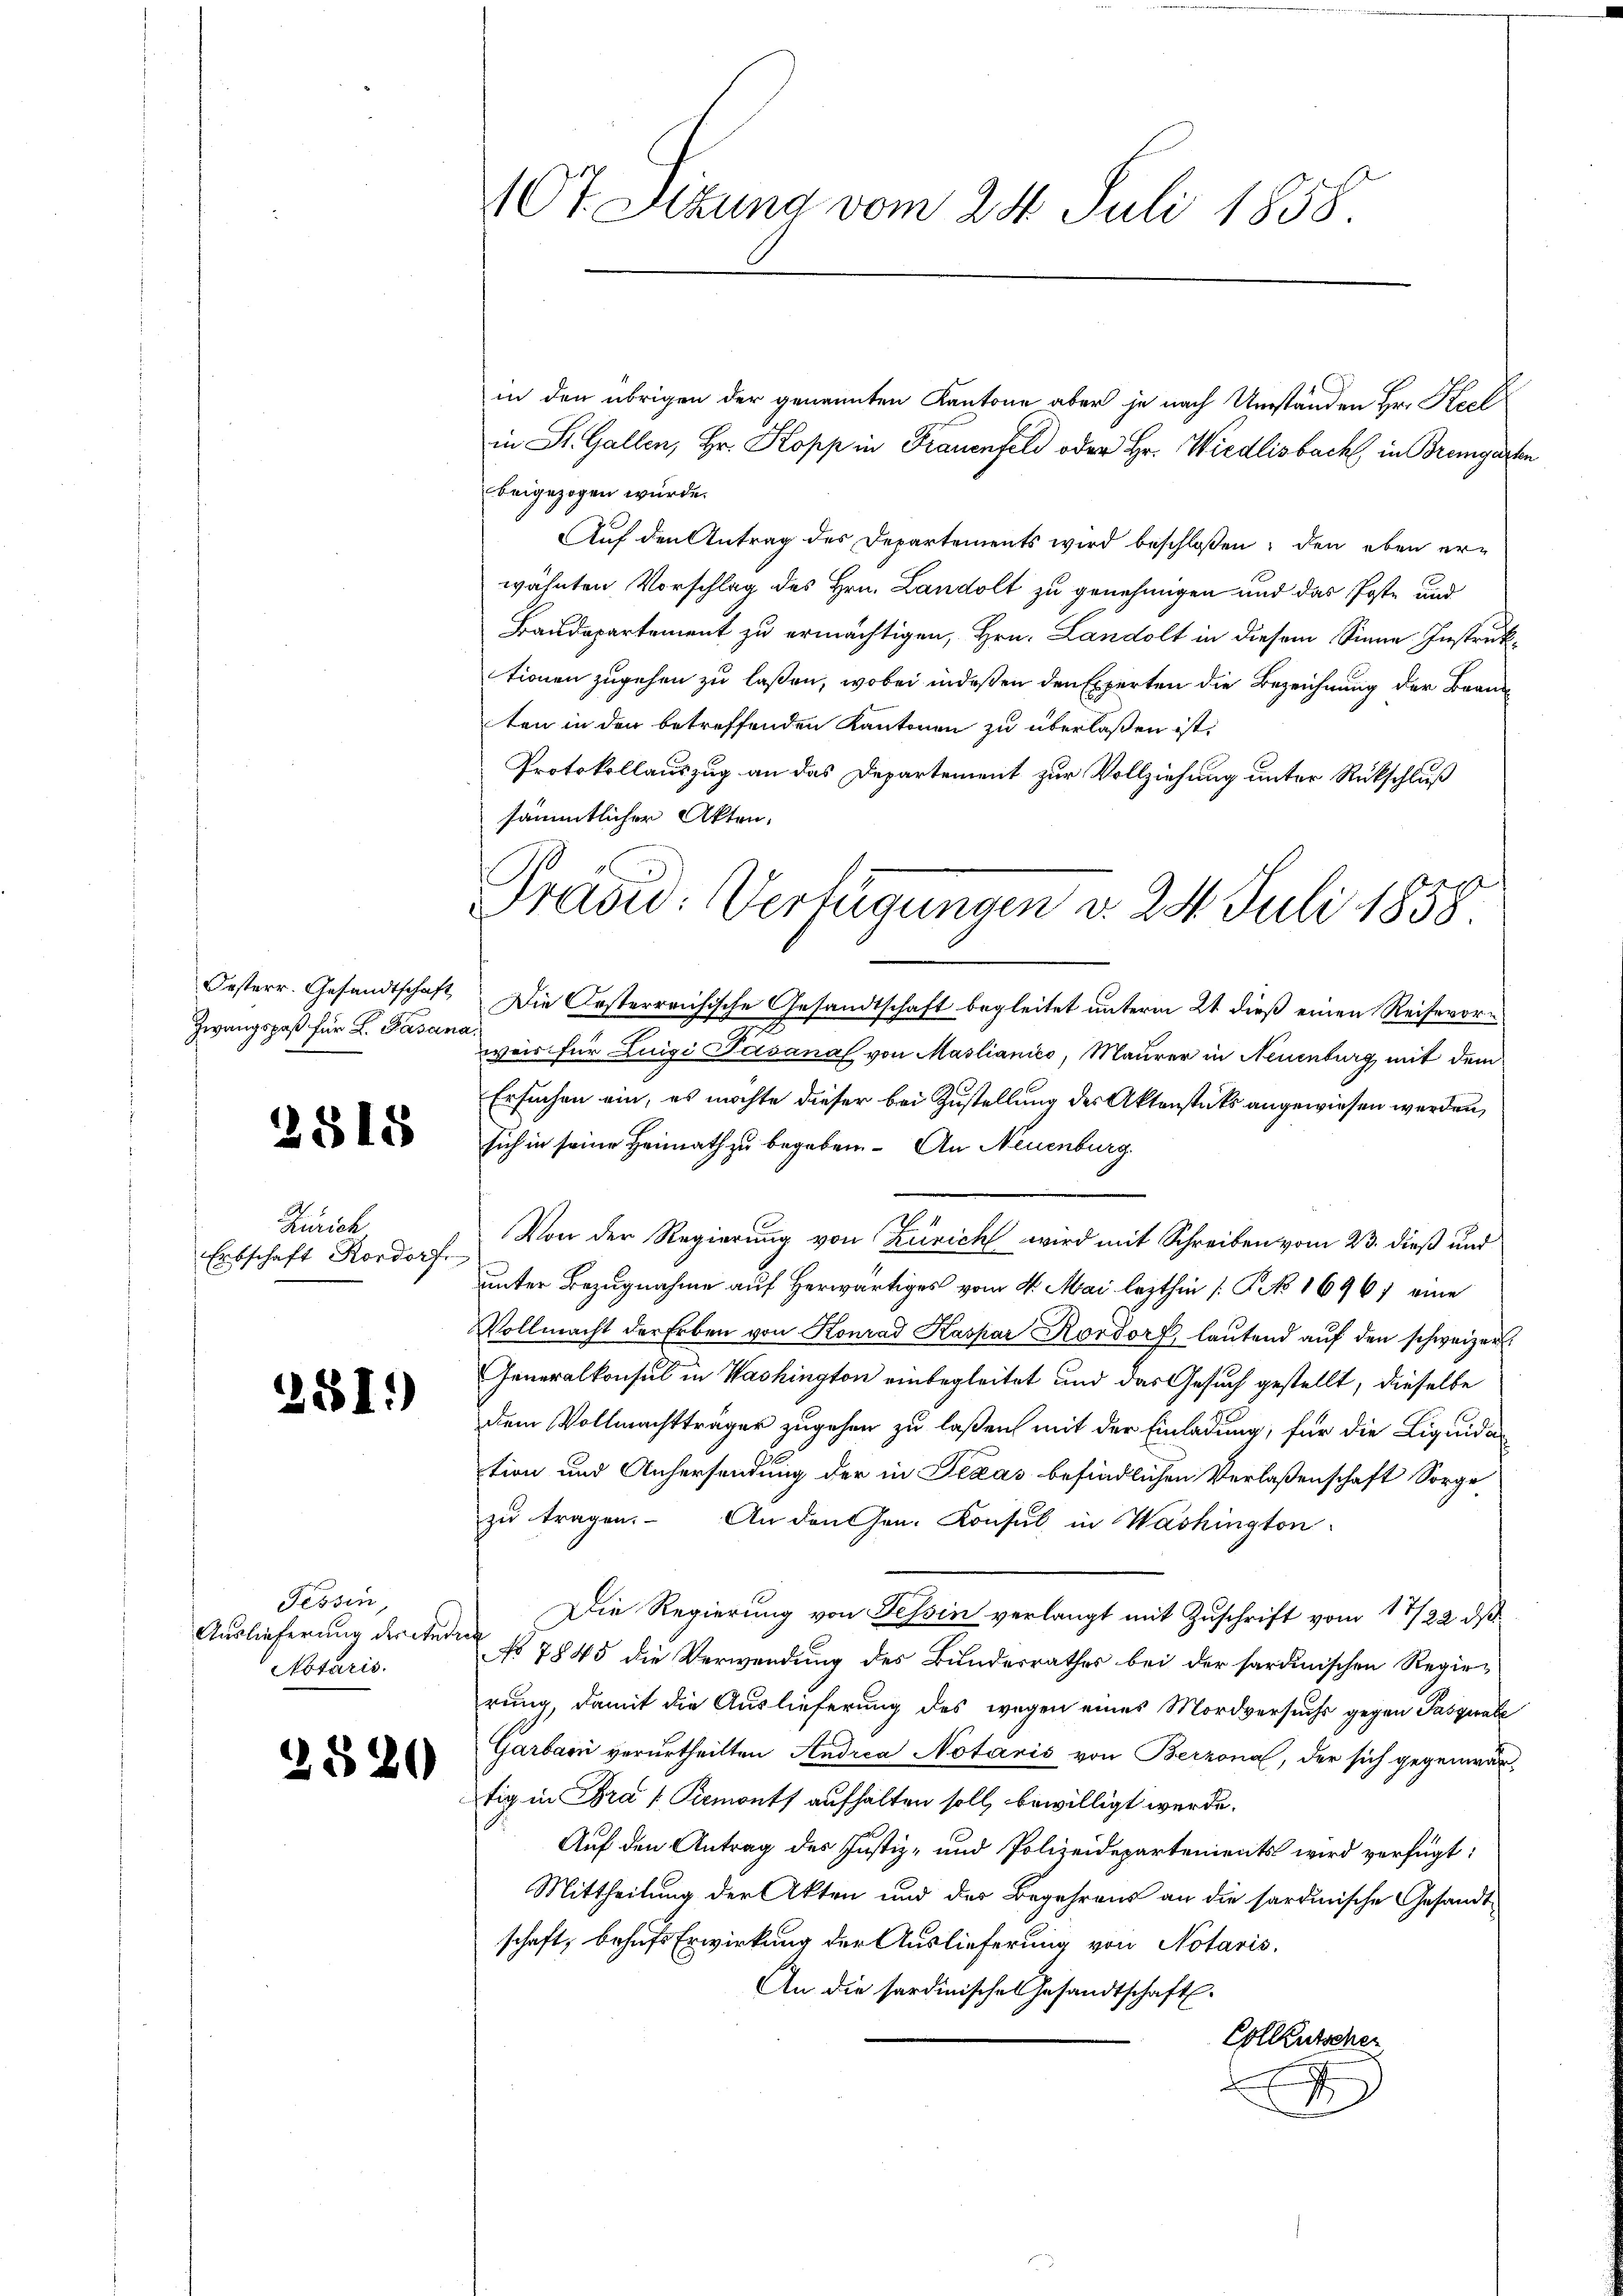
Zwangspaß für L. Gasana.

2518

Zürich
Erbschaft Rordorf

281.)

Tessin,
Auslieferung dreiter
Notaris.

2520

in den übrigen der genannten Kantone aber je nach Umständen Hrn. Keel
in St. Gallen, Hr. Kopp in Frauenfeld oder Hr. Wiedlisbach in Bremgarten
beigezogen würde.
Auf den Antrag des Departements wird beschloßen, den eben erwähnten Vorschlag des Hrn. Landolt zu genehmigen und das Poste und
Baudepartement zu ermächtigen, Hrn. Landolt in diesem Sinne Instruktionen zugehen zu laßen, wobei indeßen den Experten die Bezeichnung der Brandten in den betreffenden Kantonen zu überlaßen ist.
Protokollauszug an das Departement zur Vollziehung unter Rückschluß
sämmtlicher Akten,

Oesterr. Gesandtschaft Die Oesterreichische Gesandtschaft begleitet unterm 21 dieß einen Reisevori
wair für Luigi Pisanal von Maslianico, Maurer in Neuenburg mit dem
Ersuchen ein, es möchte dieser bei Zustellung des Aktenstets angewiesen werden,
sich in seine Heimath zu begeben. An Neuenburg
Von der Regierung von Zürich wird mit Schreiben vom 23. dieß und
unter Bezugnahme auf Herwärtiges vom 4. Mai lezthin [P No 1696) eine
Vollmacht der Erben von Konrad Kaspar Kordorf, lautend aŭf den schweizer
Generalkonsul in Washington einbegleitet und das Gesuch gestellt, dieselbe
dem Vollmachtträger zugehen zu laßen mit der Einladung, für die Liquidation und Anhersendung der in Texas befindlichen Verlaßenschaft Sorge
zu tragen. An den Hrn. Konsul in Washington
Die Regierung von Tessin verlangt mit Zuschrift vom 17/22. ds
u
No 7845 die Verwendung des Bundesrathes bei der sardinischen Regie-
rung, damit die Auslieferung des wegen eines Mordversuchs gegen Pasquale
Garbar verurtheilten Andrea Notaris von Berzona, der sich gegenwärtig in Graf Piemonts aufhalten soll, bewilligt werde.
Auf den Antrag des Justiz- und Polizeidepartements wird verfügt:
Mittheilung der Akten und der Begehrens an die sardinische Gesandtschaft, behufs Erwirkung der Auslieferung von Notaris,
An die sardinisches Gesandtschaft.
Colkutscher
I

107. Sizung vom 24. Juli 1858.

Pradid: Verfügungen d. 24. Juli 1858